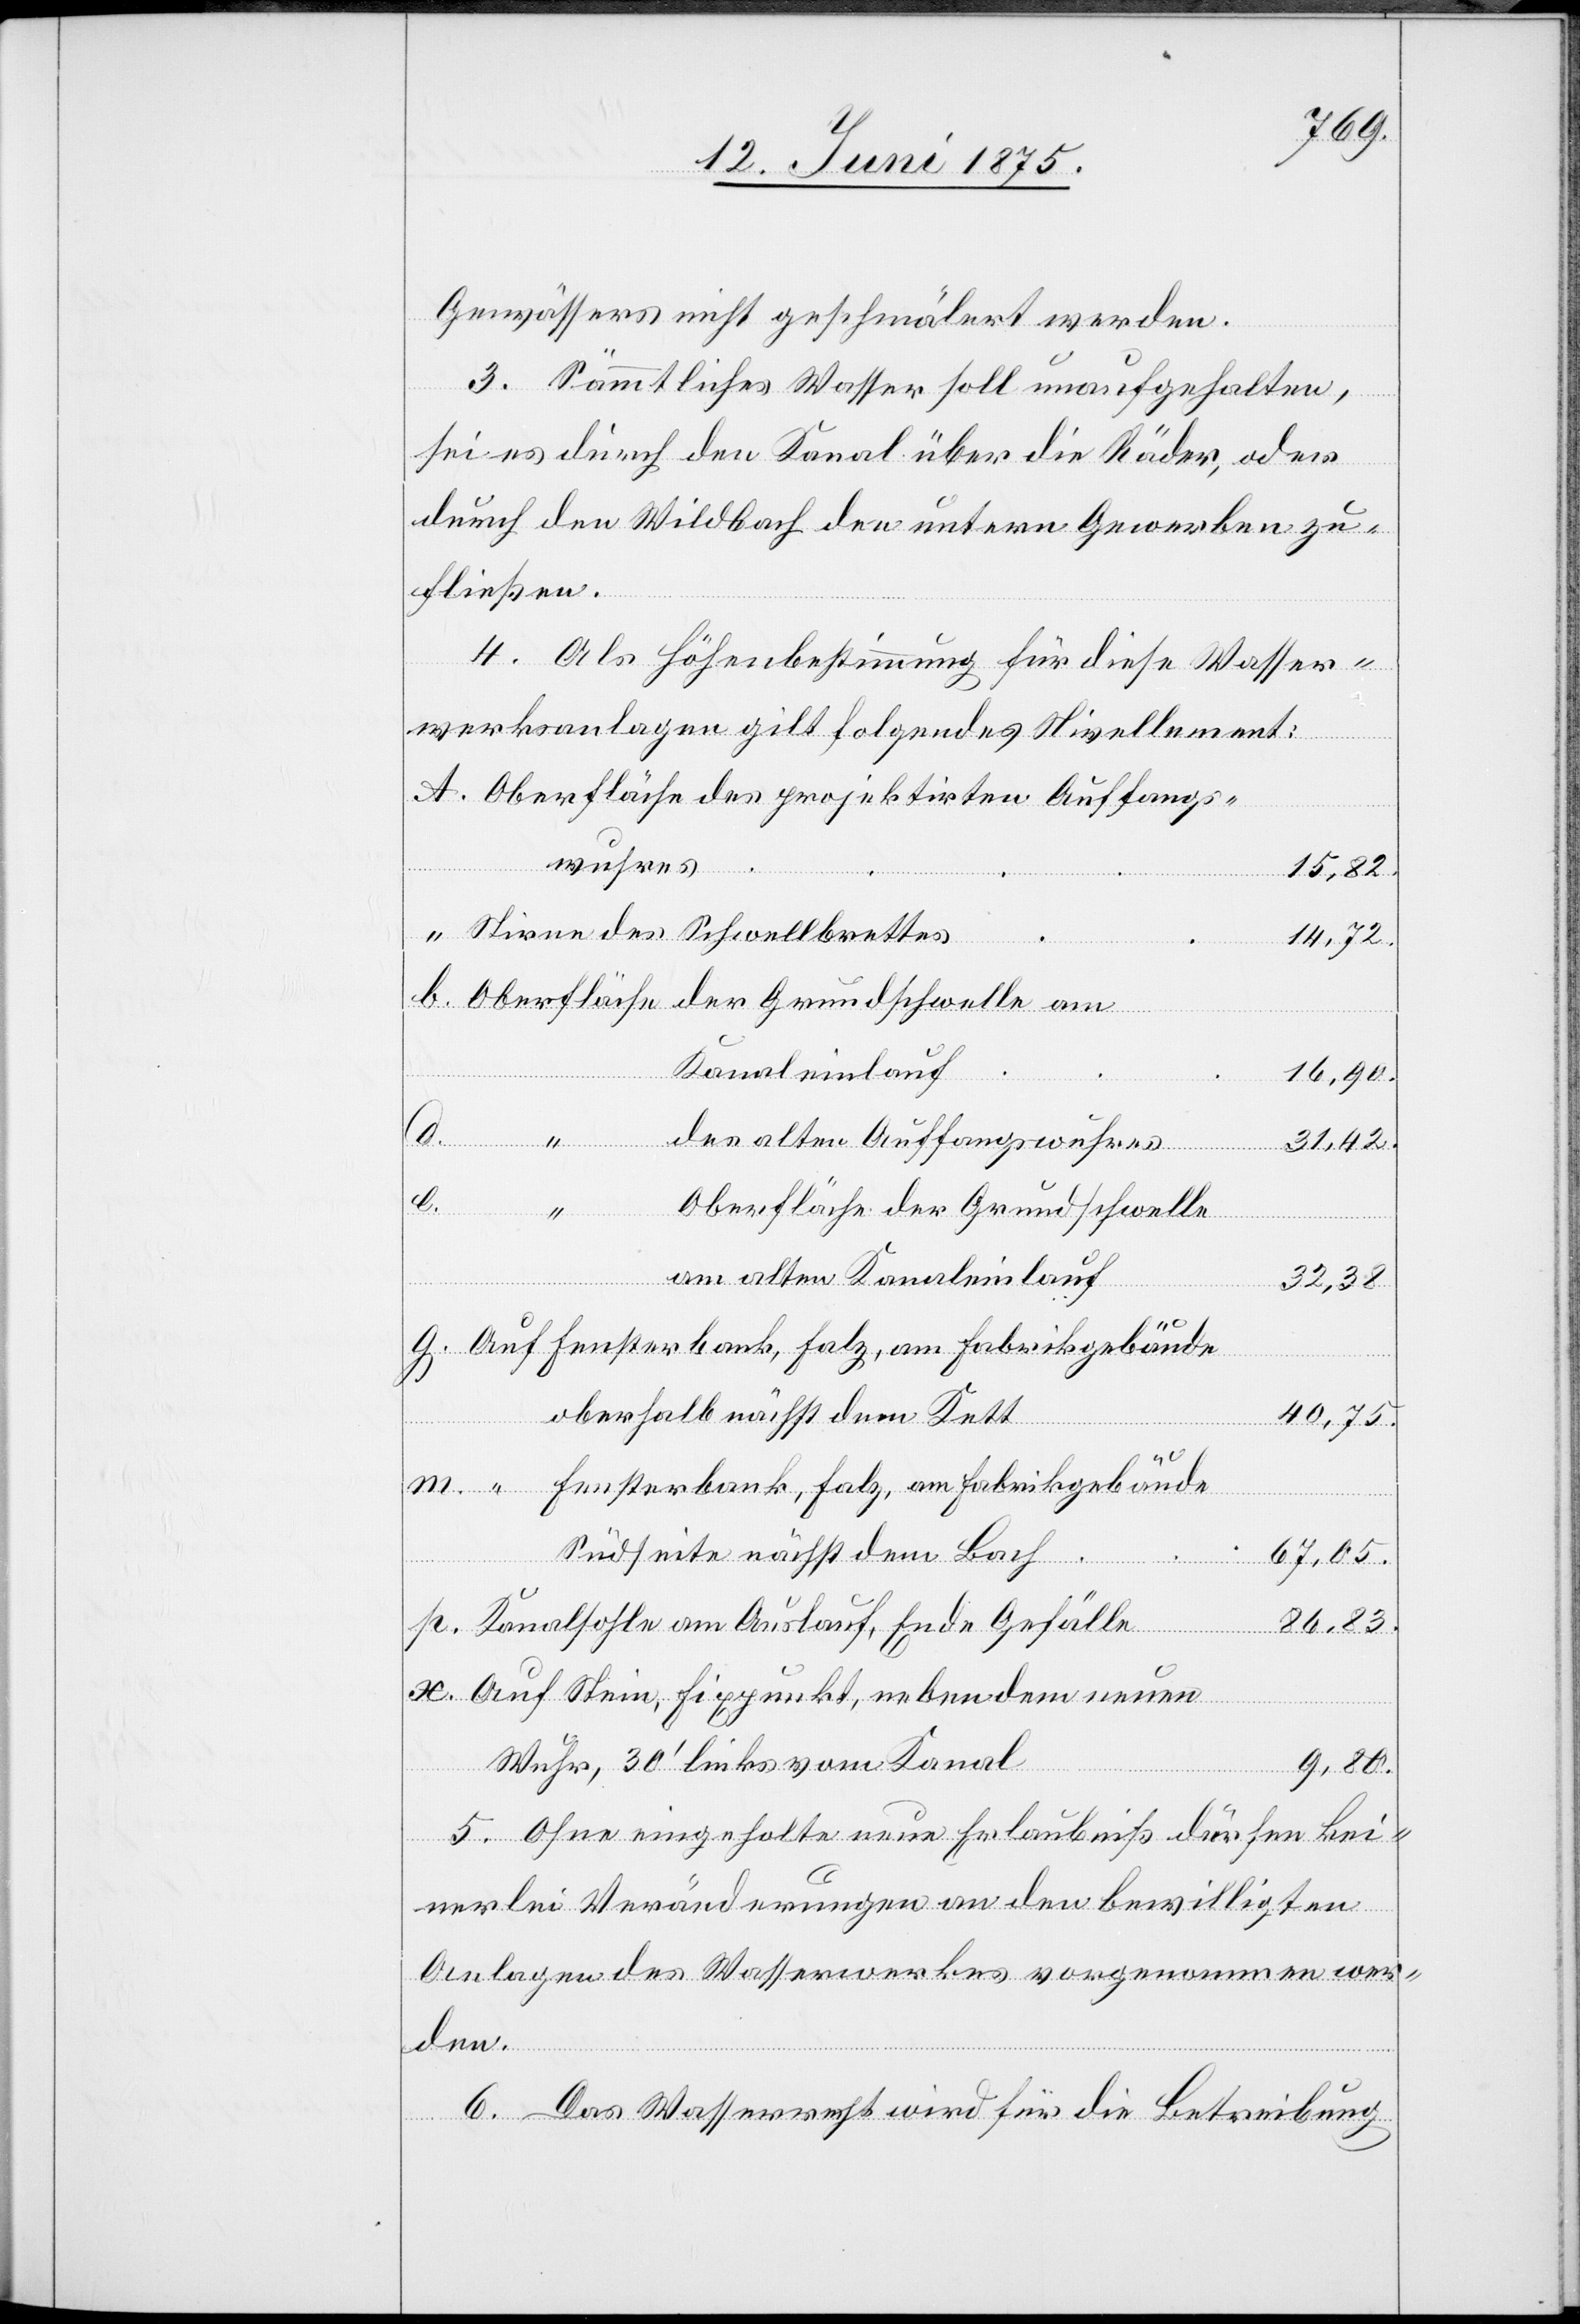
Gewässers nicht geschmälert werden.
3. Sämmtliches Wassersoll unaufgehalten,
m.
sei es durch den Kanal über die Räder, oder
durch den Wildbach den untern Gewerben zu¬
fließen.
4. Als Höhenbestimmung für diese Wasser¬
werksanlagen gilt folgendes Nivellement:
Oberfläche des projektirten Auffangs¬
wuhres
Oberfläche
14,72
Stirne des Schwellbrettes
“
Kanaleinlauf
16,90
d.
des alten Auffangswuhres
b.
der Grundschwelle
am alten Kanaleinlauf
32,38
g.
oberhalb nächst dem Kett
40,75
Fensterbank, Falz, am Fabrikgebäude
Südseite nächst dem Bach
67,05
Kanalsohle am Auslauf, Ende Gefälle
86,83
Auf Stein, Fixpunkt, neben dem neuen
der
Wuhr, 30‘ links vom Kanal
5. Ohne eingeholte neue Erlaubniß dürfen kei¬
nerlei Veränderungen an den bewilligten
Anlagen des Wasserwerkes vorgenommen wer¬
den.
am
6. Das Wasserrecht wird für die Betreibung